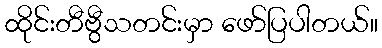
ထိုင်းတီဗွီသတင်းမှာ ဖော်ပြပါတယ်။